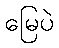
မြေပဲ